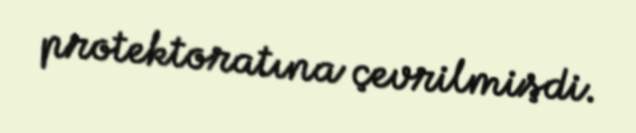
protektoratına çevrilmişdi.